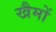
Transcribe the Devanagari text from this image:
खैमों